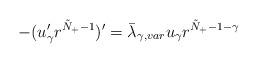
LaTeX: \begin{align*}-(u^\prime_\gamma r^{\tilde{N}_+-1})^\prime = \bar \lambda_{\gamma, var} u_\gamma r^{\tilde{N}_+-1-\gamma} \end{align*}